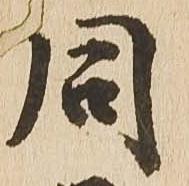
同